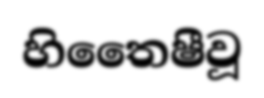
හිතෛෂීවූ